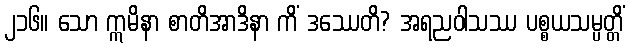
၂၁၆။ သော ဣမိနာ စာတိအာဒိနာ ကိံ ဒဿေတိ? အရညဝါသဿ ပစ္စယသမ္ပတ္တိံ